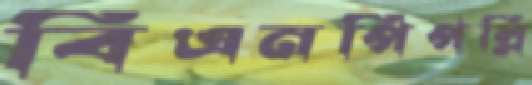
বিএনপিপল্লি